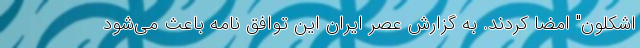
اشکلون" امضا کردند. به گزارش عصر ایران این توافق نامه باعث می‌شود